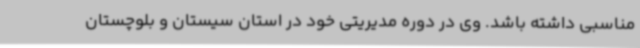
مناسبی داشته باشد. وی در دوره مدیریتی خود در استان سیستان و بلوچستان